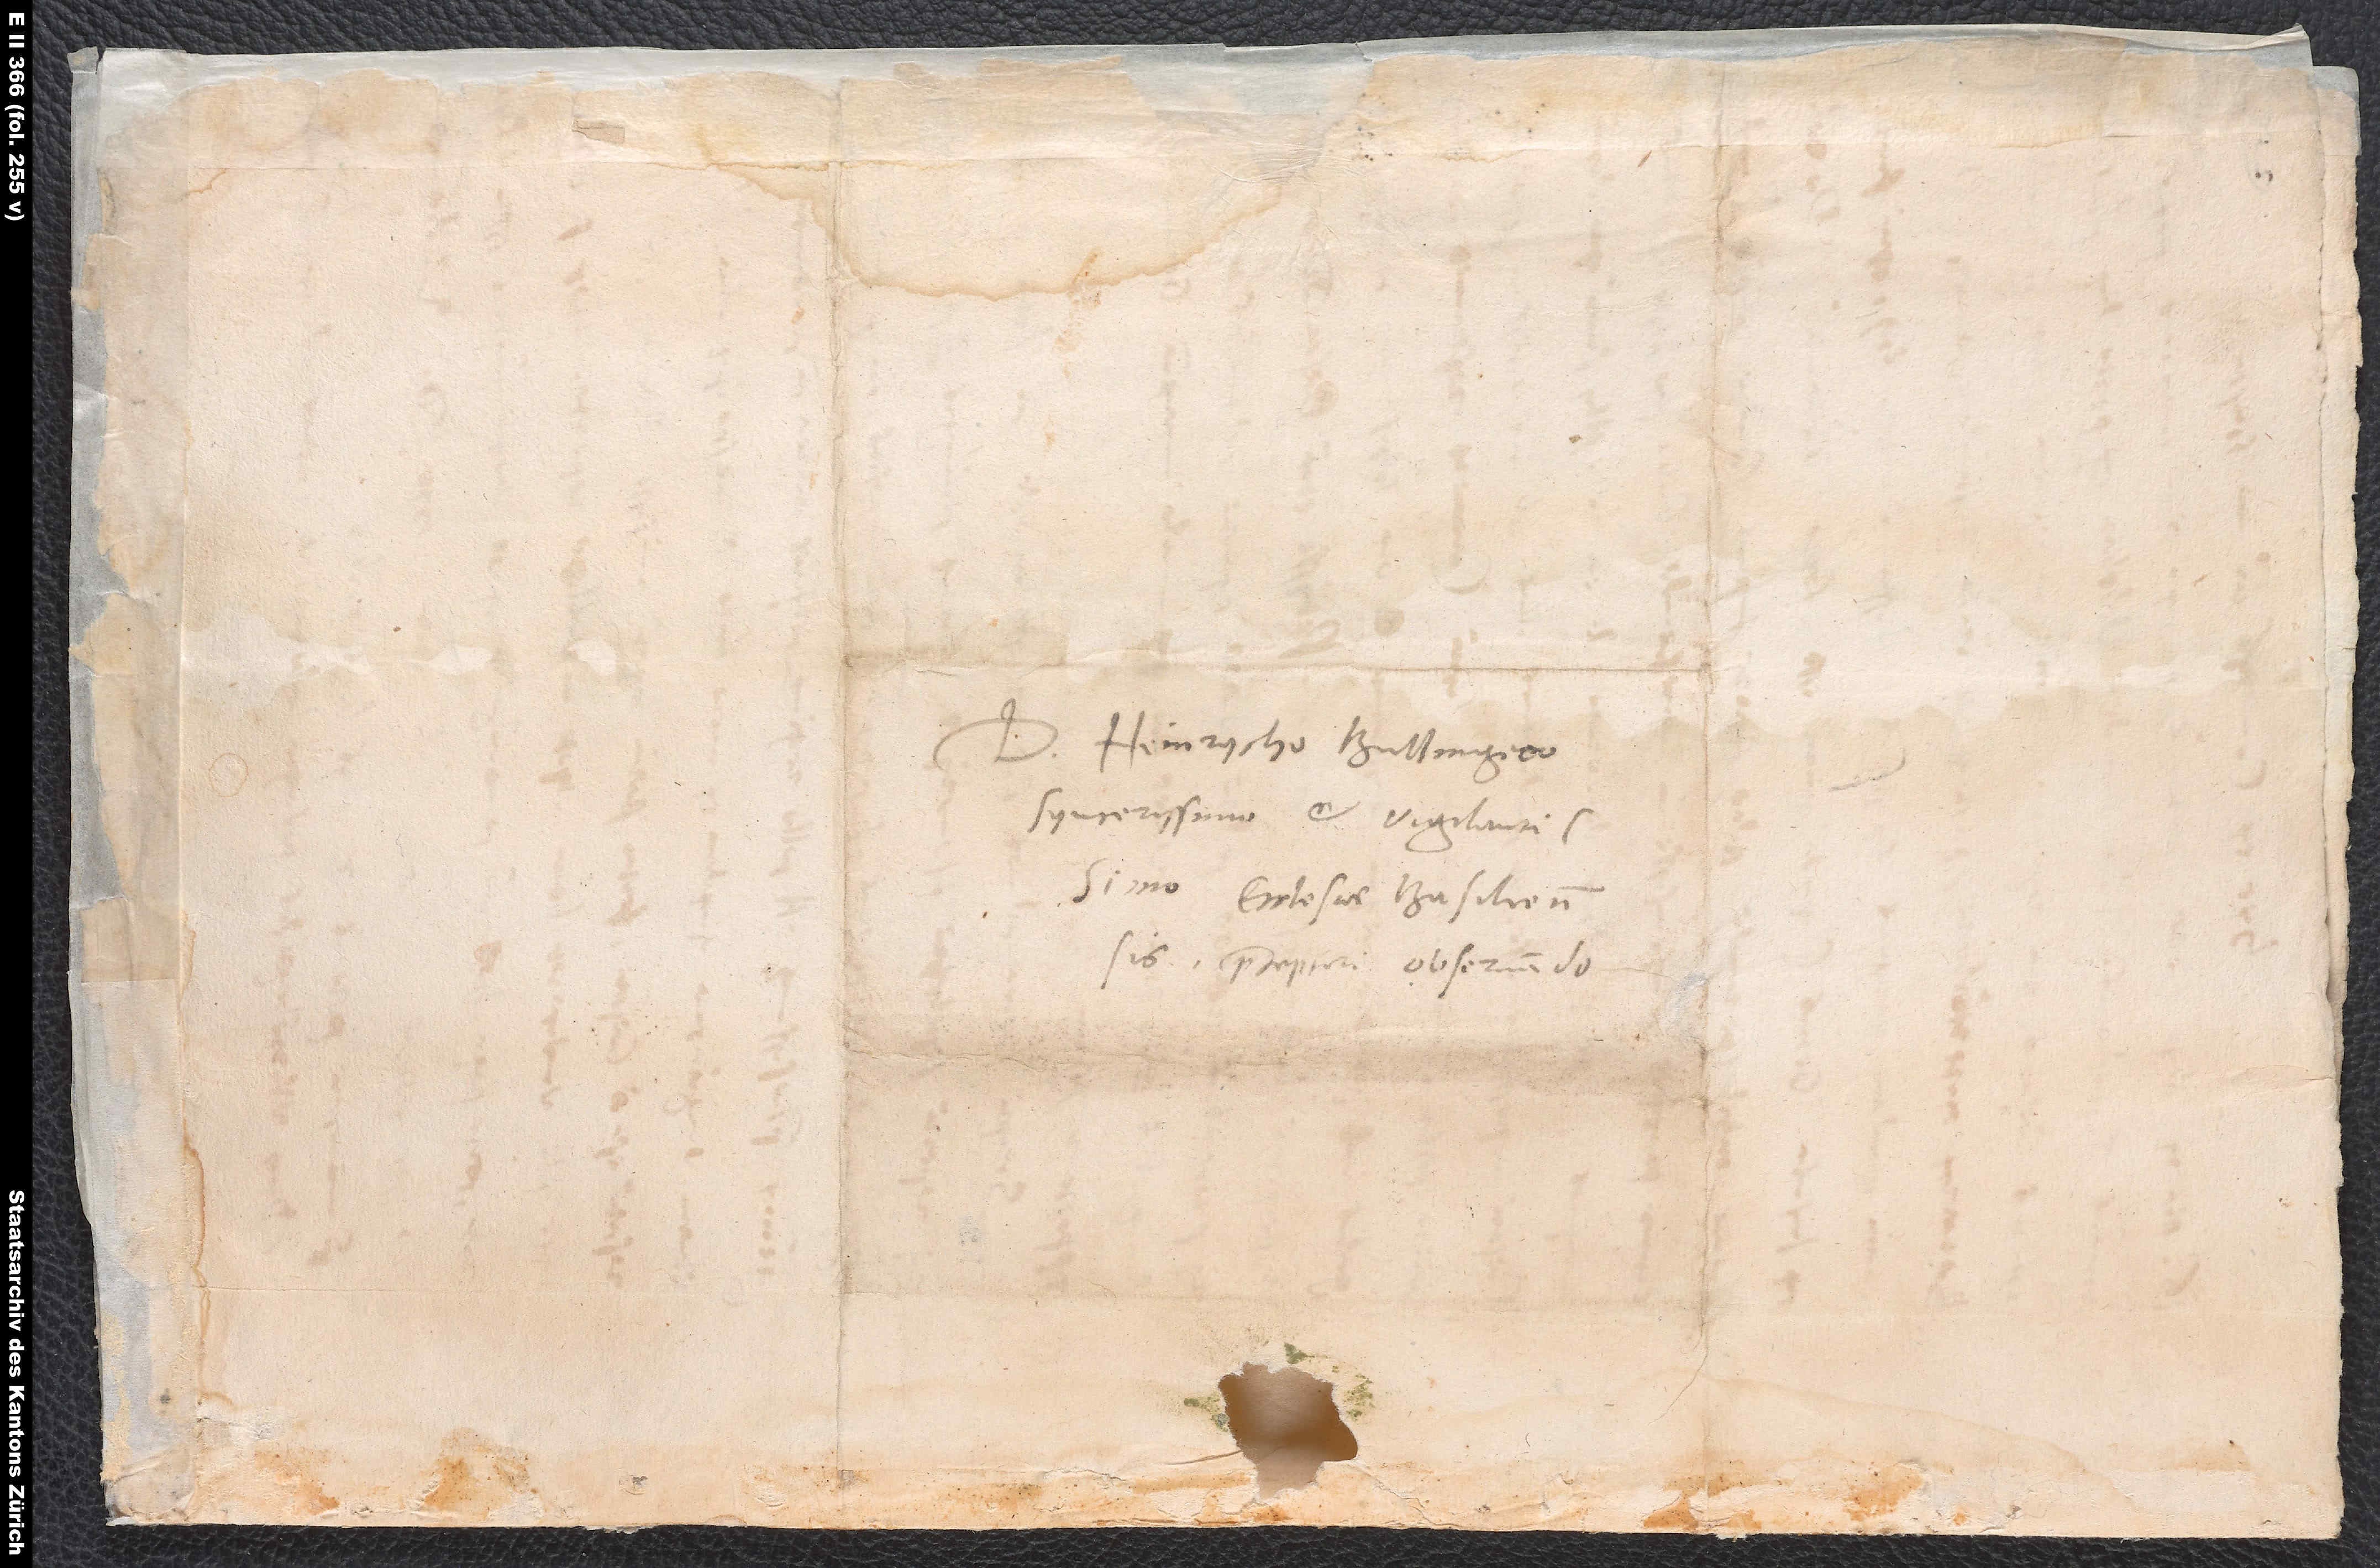
S.

D. Heinrycho Bullingero,
syncerissimo et vigilantissimo
ecclesiae Basiliensis
praeceptori observando.